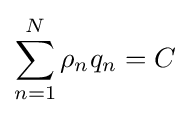
\sum \limits _{n=1}^{N}\rho _{n}q_{n}=C